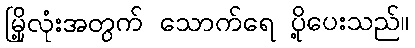
မြို့လုံးအတွက် သောက်ရေ ပို့ပေးသည်။